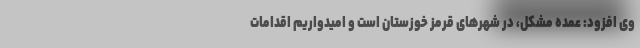
وی افزود: عمده مشکل، در شهرهای قرمز خوزستان است و امیدواریم اقدامات